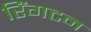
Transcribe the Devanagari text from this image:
रिंगटन